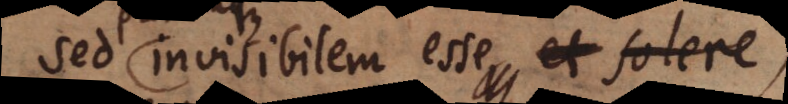
Sed invisibilem esse, et solere,